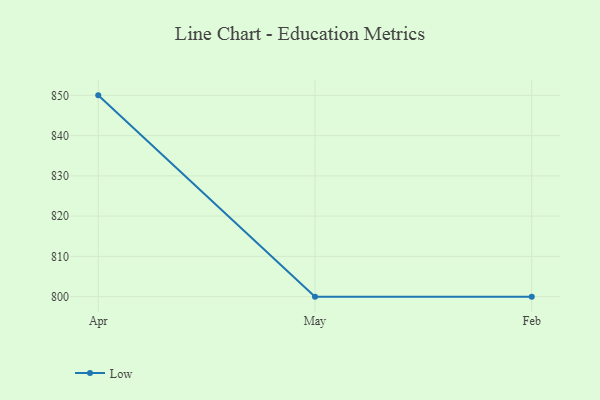
{"axis": {"x": "Month", "y": "Temperature (°C)"}, "legend": ["Low"], "data": [{"x": "Apr", "y": 850.0, "type": "Low"}, {"x": "May", "y": 800, "type": "Low"}, {"x": "Feb", "y": 800, "type": "Low"}]}